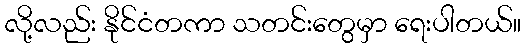
လို့လည်း နိုင်ငံတကာ သတင်းတွေမှာ ရေးပါတယ်။